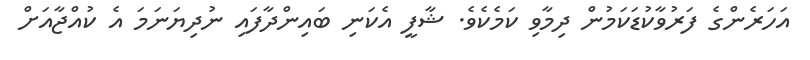
އަހަރެންގެ ފަރުވާކުޑަކަމުން ދިމާވި ކަމެކެވެ. ޝާފީ އެކަނި ބައިންދާފައި ނުދިޔަނަމަ އެ ކުއްޖާއަށް